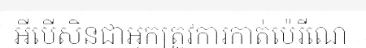
អីបើសិនជាអ្នកត្រូវការកាត់ប៉េរីណេ